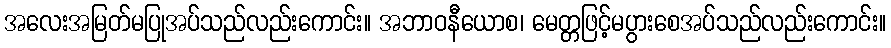
အလေးအမြတ်မပြုအပ်သည်လည်းကောင်း။ အဘာဝနီယောစ၊ မေတ္တဖြင့်မပွားစေအပ်သည်လည်းကောင်း။